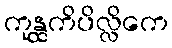
ကုန္ထကိပိလ္လိကေ